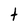
Character: t